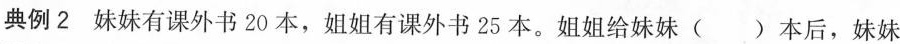
典例2 妹妹有课外书20本，姐姐有课外书25本。姐姐给妹妹( )本后，妹妹